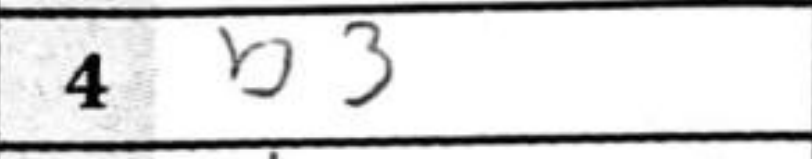
Transcription: b3